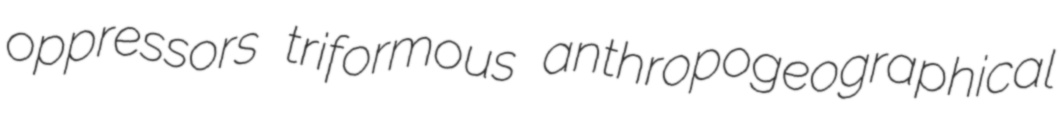
oppressors triformous anthropogeographical